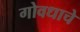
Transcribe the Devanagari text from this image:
गोवधाचे